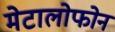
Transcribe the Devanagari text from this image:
मेटालोफोन